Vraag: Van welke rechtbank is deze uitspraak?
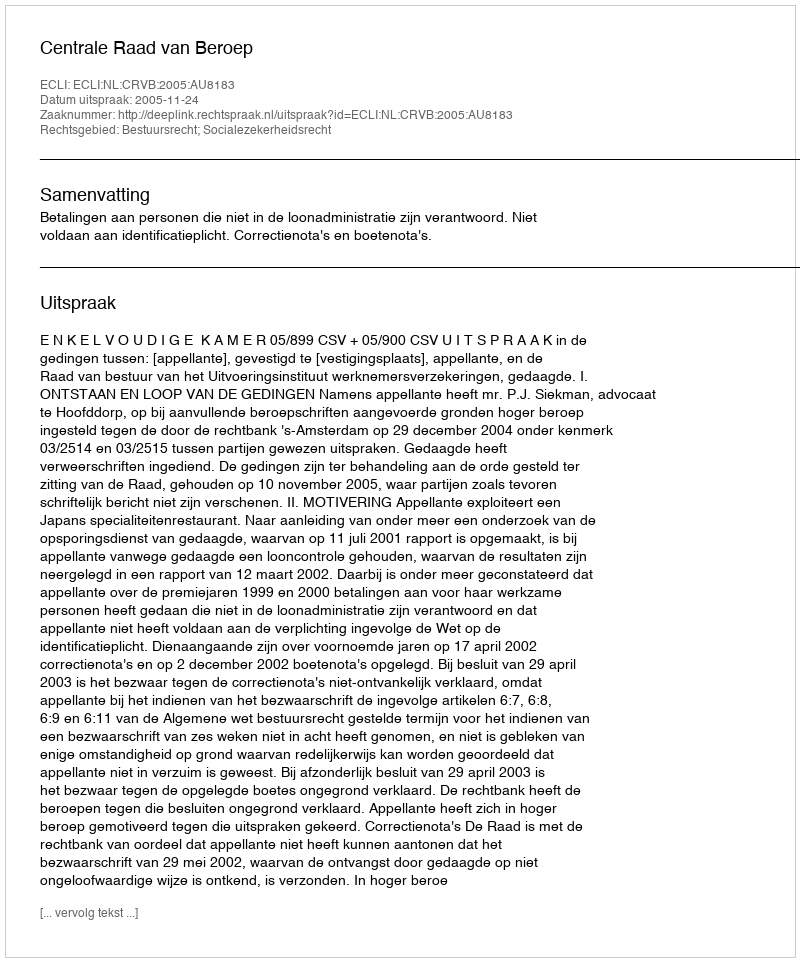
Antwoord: Centrale Raad van Beroep